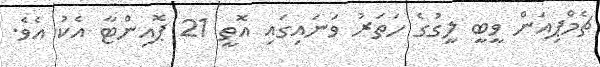
ޗެމްޕިއަން ވީބީ ލީގުގެ ހަތަރު ވަނައިގައި އޮތީ 21 ޕޮއިންޓާ އެކު އެވެ.